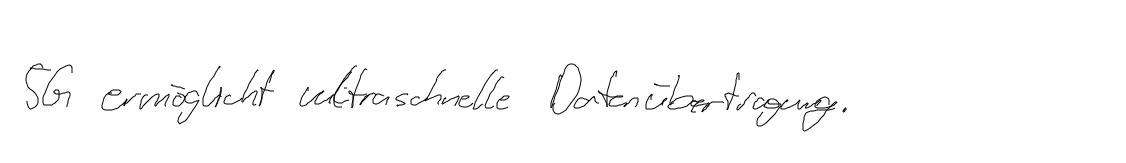
5G ermöglicht ultraschnelle Datenübertragung.